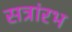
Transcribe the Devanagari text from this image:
सत्रांरभ